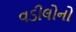
વડીલોનો